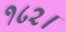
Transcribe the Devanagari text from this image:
१८२।